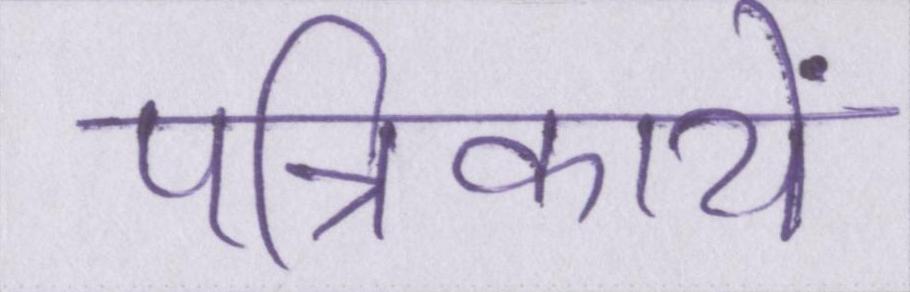
पत्रिकायें